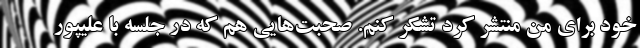
خود برای من منتشر کرد تشکر کنم. صحبت‌هایی هم که در جلسه با علیپور